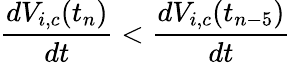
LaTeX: \frac{dV_{i,c}(t_{n})}{dt}<\frac{dV_{i,c}(t_{n-5})}{dt}